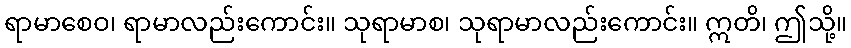
ရာမာစေဝ၊ ရာမာလည်းကောင်း။ သုရာမာစ၊ သုရာမာလည်းကောင်း။ ဣတိ၊ ဤသို့။